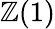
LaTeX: \mathbb{Z}(1)